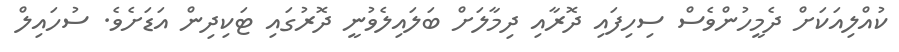
ކުއްލިއަކަށް ދެމީހުންވެސް ސިހިފައި ދޮރާއި ދިމާލަށް ބަލައިލެވުނީ ދޮރުގައި ޓަކިދިން އަޑަށެވެ. ސުހައިލް